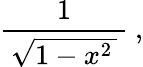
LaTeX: {\frac{1}{\, {\sqrt{1-x^{2}\, }}\, }}~,